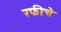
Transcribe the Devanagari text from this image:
रफीचे